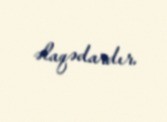
əlaqədardır.